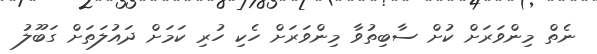
ނެތް މިންވަރަށް ކުށް ސާބިތުވާ މިންވަރަށް ހެކި ހުރި ކަމަށް ދައުލަތަށް ގަބޫލު